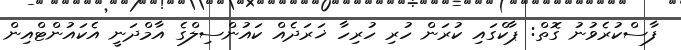
ފާސްކުރެވުނު ގޮތް: ޕާކްގައި ކުރަން ހުރި ހުރިހާ ޚަރަދެއް ކައުންސިލްގެ އާމްދަނީ އެކައުންޓްއިން